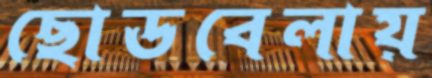
ছোডবেলায়